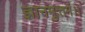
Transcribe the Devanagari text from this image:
ज्ञानमुत्तमं।।